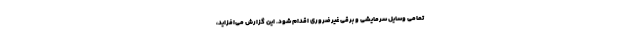
تمامی وسایل سرمایشی و برقی غیرضروری اقدام شود. این گزارش می‌افزاید،